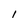
Character: I